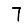
Digit: 7